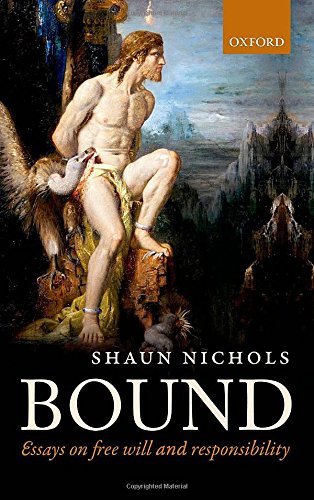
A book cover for Bound: Essays on free will and responsibility; Shaun Nichols; Politics & Social Sciences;